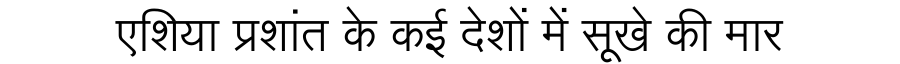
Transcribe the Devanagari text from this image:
एशिया प्रशांत के कई देशों में सूखे की मार